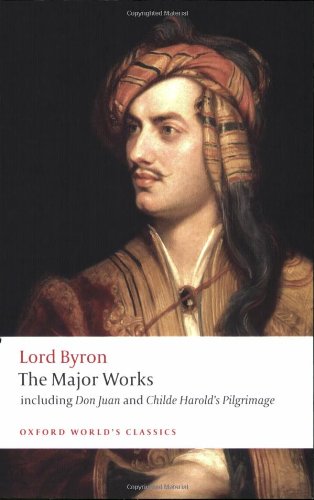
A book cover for Lord Byron: The Major Works (Oxford World's Classics); George Gordon  Lord Byron; Literature & Fiction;